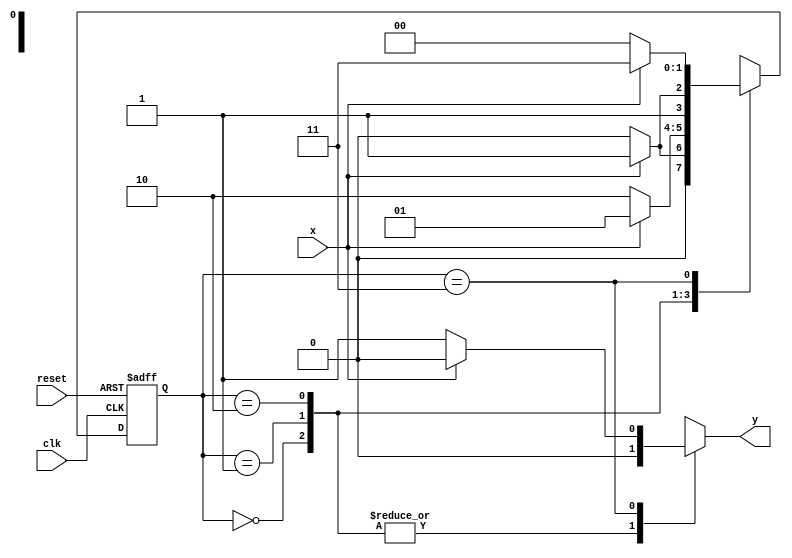
// -------------------------
// Exemplo0052 - Mealy FSM
// Nome: Djonatas Tulio Rodrigues Costa
// -------------------------

// constant definitions
`define found 1
`define notfound 0


// FSM by Mealy
module mealy1010 ( y, x, clk, reset );
	output y;
	input x;
	input clk;
	input reset;
	reg y;
	
	parameter // state identifiers
		start = 2'b00,
		id1 = 2'b01,
		id110 = 2'b10,
		id11 = 2'b11;
		
	reg [1:0] E1; // current state variables
	reg [1:0] E2; // next state logic output
	
	// next state logic
	always @( x or E1 )
	begin
	y = `notfound;
		case ( E1 )
			start:
				if ( x )
					E2 = id1;
				else
					E2 = start;
			id1:
				if ( x )
					E2 = id1;
				else
					E2 = id110;
			id110:
				if ( x )
					E2 = id11;
				else
					E2 = id110;
			id11:
				if ( x )
				begin
					E2 = id11;
					y = `notfound;
				end
				else
				begin
					E2 = start;
					y = `found;
				end
			default: // undefined state
					E2 = 2'bxx;
		endcase
	end // always at signal or state changing
	
	// state variables
	always @( posedge clk or negedge reset )
	begin
		if ( reset )
			E1 = E2; // updates current state
		else
			E1 = 0; // reset
	end // always at signal changing
	
endmodule // mealy1010

module Exemplo0052;

reg clk, reset, x;
wire m1;

	mealy1010 mealy1 ( m1, x, clk, reset );
		
	initial
		begin
			$display ( "Time    X  Mealy" );
			// initial values	
			clk = 1;
			reset = 0;
			x = 1;
		
			// input signal changing
			#5 reset = 1;
			#10 x = 0;
			#10 x = 1;
			#10 x = 0;
			#20 x = 0;
			#10 x = 1;
			#10 x = 0;
			#10 x = 1;
			#10 x = 0;
			#30 $finish;
		end // initial

	always
	
	#5 clk = ~clk;
	
	always @( posedge clk )
	
	begin
		$display ( "%4d %4b %4b", $time, x, m1 );
	end // always at positive edge clocking changing
	
endmodule // Exemplo0052